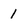
Character: 1